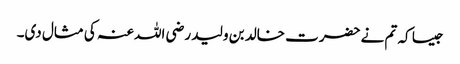
جیسا کہ تم نے حضرت خالد بن ولید رضی اللہ عنہ کی مثال دی۔